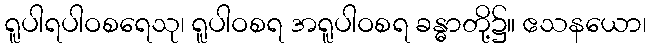
ရူပါရပါဝစရေသု၊ ရူပါဝစရ အရူပါဝစရ ခန္ဓာတို့၌။ ဧသနယော၊